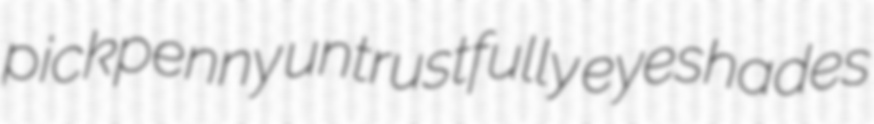
pickpenny untrustfully eyeshades